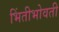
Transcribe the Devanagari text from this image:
भिंतीभोवती